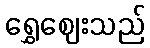
ရွှေဈေးသည်